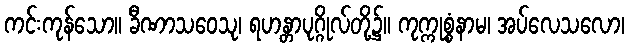
ကင်းကုန်သော။ ခီဏာသဝေသု၊ ရဟန္တာပုဂ္ဂိုလ်တို့၌။ ကုက္ကုစ္စံနာမ၊ အပ်လေသလော၊